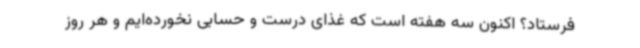
فرستاد؟ اکنون سه هفته است که غذای درست و حسابی نخورده‌ایم و هر روز